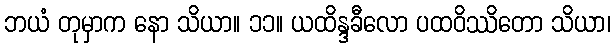
ဘယံ တုမှာက နော သိယာ။ ၁၁။ ယထိန္ဒခီလော ပထဝိဿိတော သိယာ၊